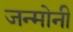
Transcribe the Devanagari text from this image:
जन्मोनी